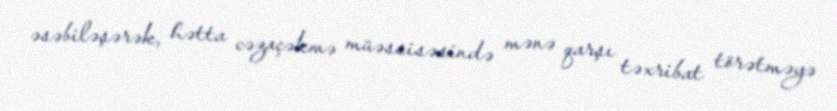
əsəbiləşərək, hətta cəzaçəkmə müəssisəsində mənə qarşı təxribat törətməyə